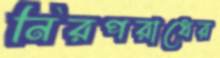
নিরপরাধের